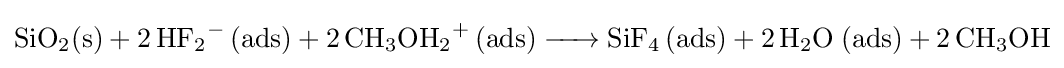
{\ce {SiO2(s) + 2 HF2- (ads) + 2 CH3OH2+ (ads) -> SiF4 (ads) + 2 H2O (ads) + 2 CH3OH}}